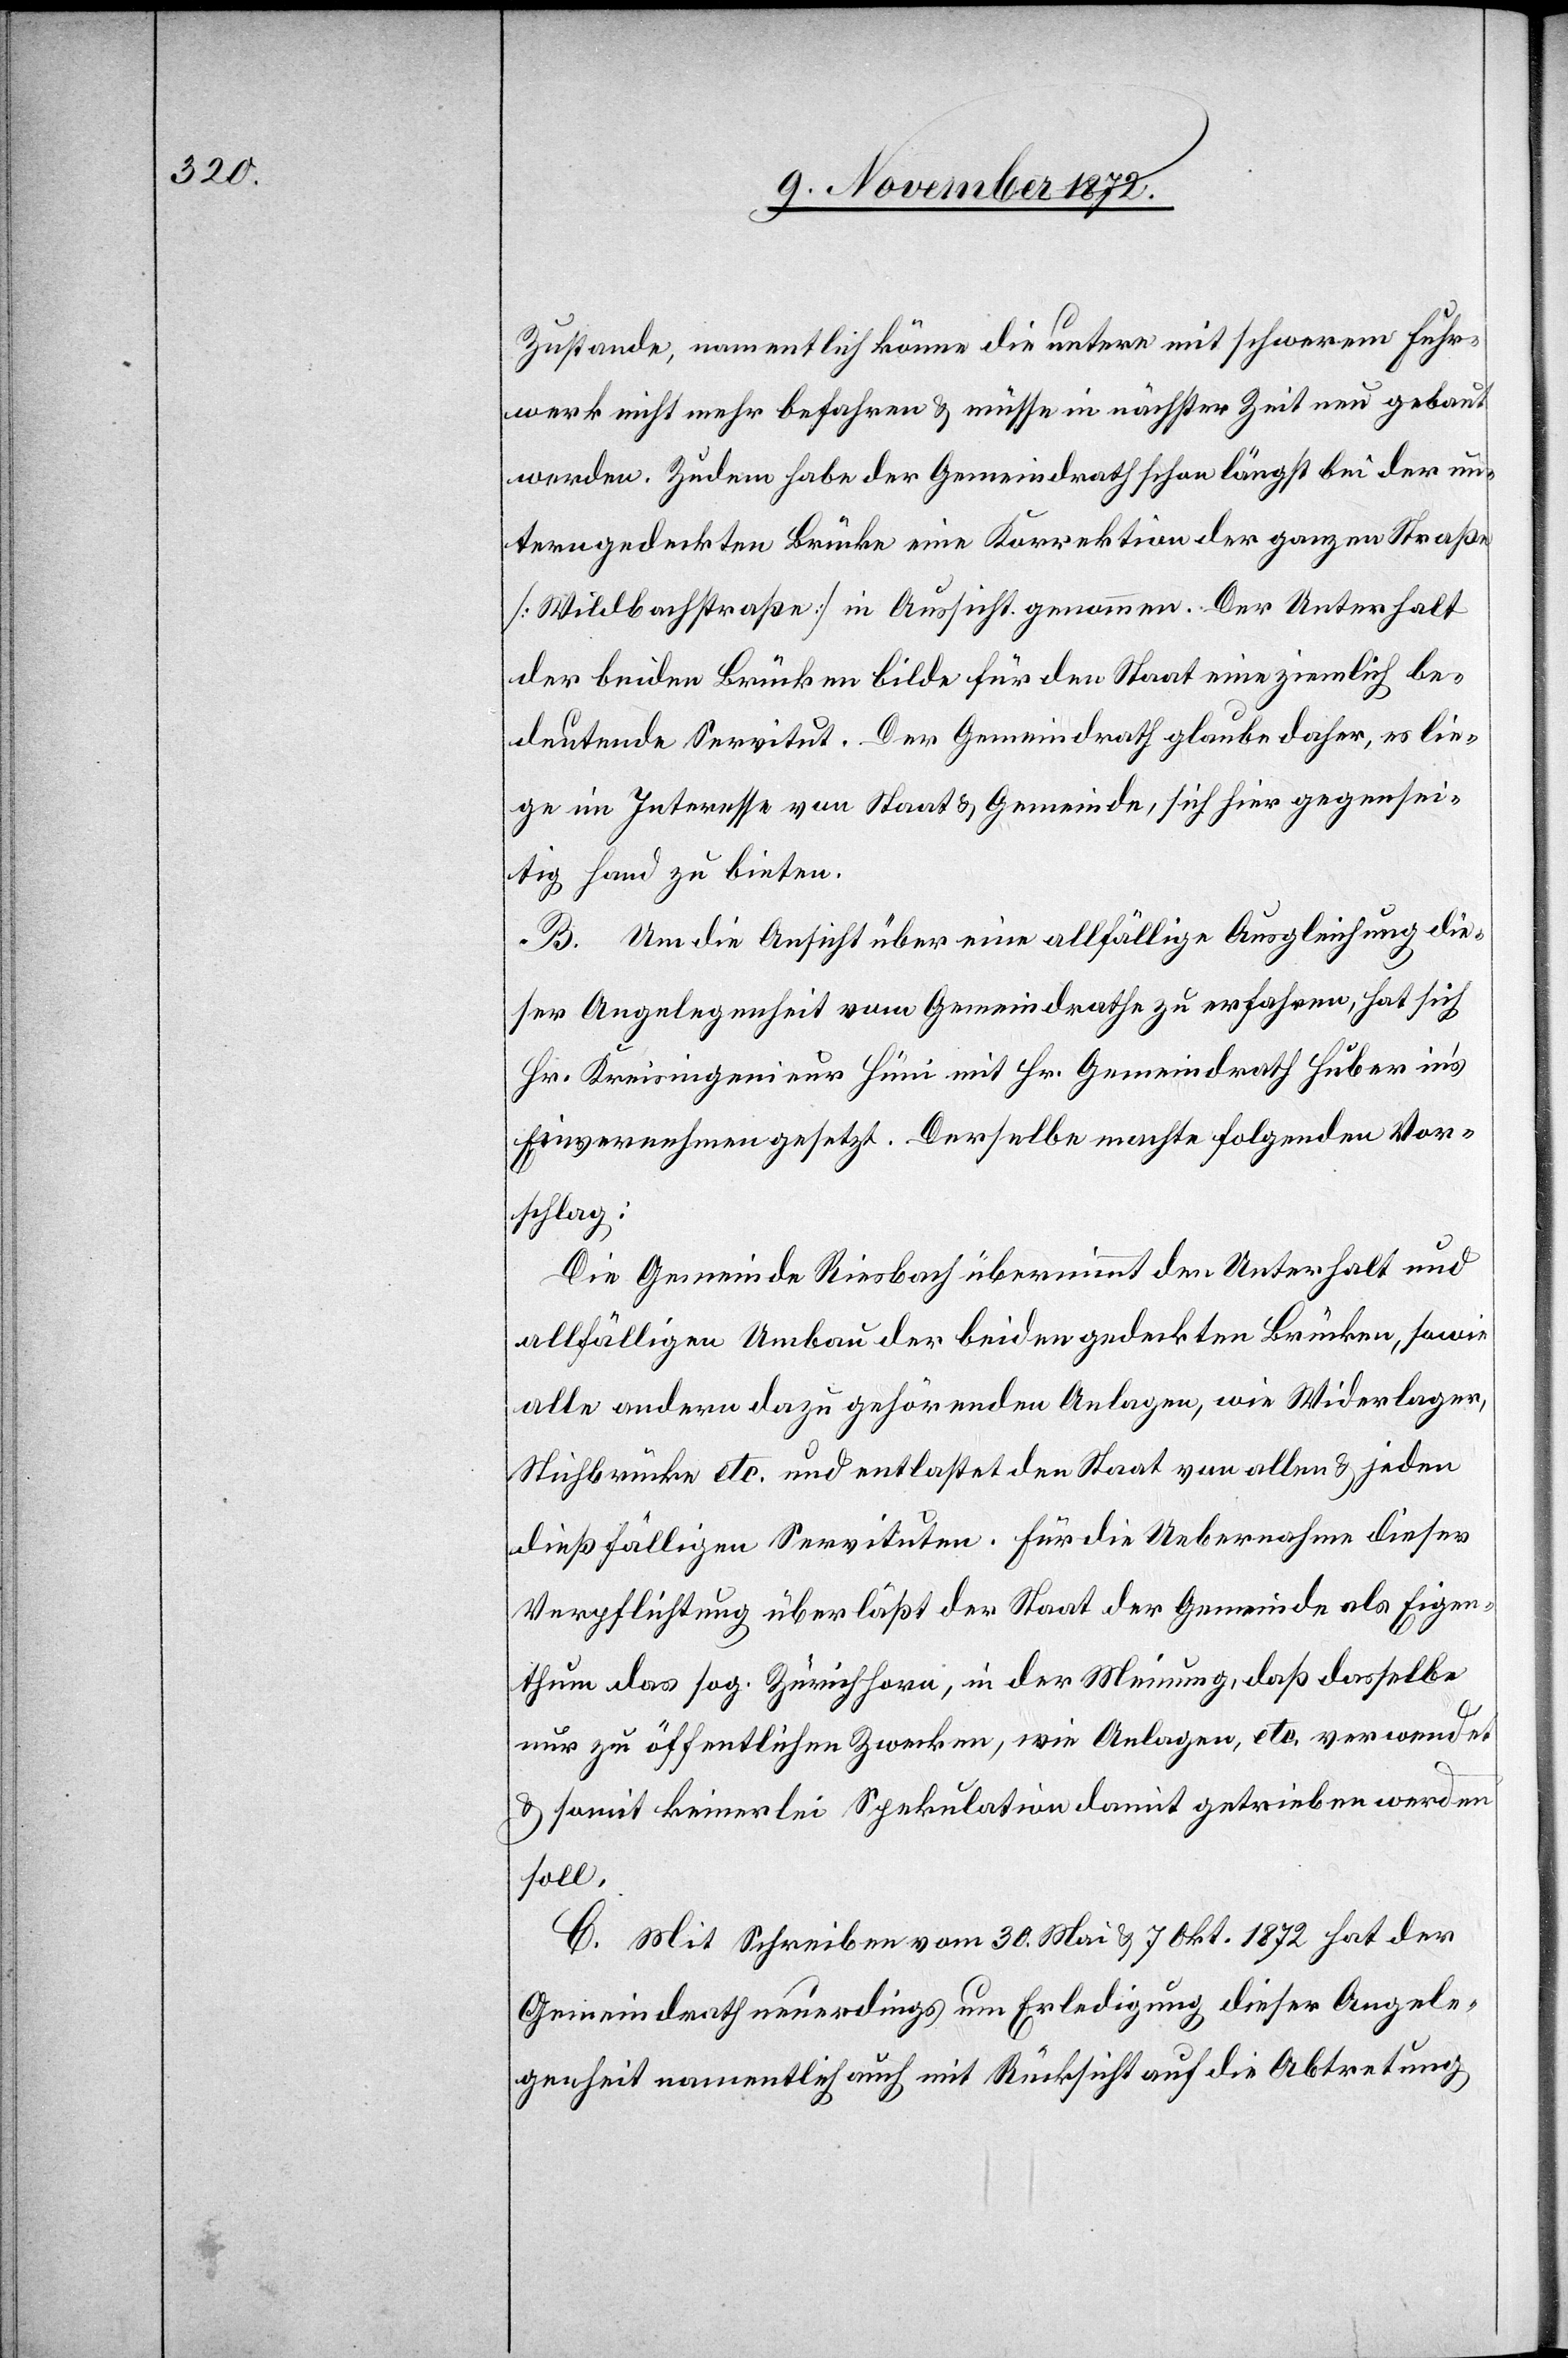
Zustande, namentlich könne die untere mit schwerem Fuhr¬
werk nicht mehr befahren u. müsse in nächster Zeit neu gebaut
werden. Zudem habe der Gemeindrath schon längst bei der un¬
tern gedeckten Brücke eine Korrektion der ganzen Straße
[Wildbachstraße] in Aussicht genommen. Der Unterhalt
der beiden Brücken bilde für den Staat eine ziemlich be¬
deutende Servitut. Der Gemeindrath glaube daher, es lie¬
ge im Interesse von Staat u. Gemeinde, sich hier gegensei¬
tig Hand zu bieten.
B. Um die Ansicht über eine allfällige Ausgleichung die¬
ser Angelegenheit vom Gemeindrathe zu erfahren, hat sich
Hr. Kreisingenieur Hüni mit Hr. Gemeindrath Huber in’s
Einvernehmen gesetzt. Derselbe machte folgenden Vor¬
schlag:
Die Gemeinde Riesbach übernimmt den Unterhalt und
allfälligen Umbau der beiden gedeckten Brücken, sowie
alle andern dazu gehörenden Anlagen, wie Wiederlager,
Stichbrücke etc. und entlastet den Staat von allen u. jeden
dießfälligen Servituten. Für die Uebernahme dieser
Verpflichtung überläßt der Staat der Gemeinde als Eigen¬
thum das sog. Zürichhorn, in der Meinung, daß dasselbe
nur zu öffentlichen Zwecken, wie Anlagen, etc. verwendet
u. somit keinerlei Spekulation damit getrieben werden
soll.
C. Mit Schreiben vom 30. Mai u. 7. Okt. 1872 hat der
Gemeindrath neuerdings um Erledigung dieser Angele¬
genheit namentlich auch mit Rücksicht auf die Abtretung